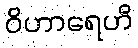
ဝိဟာရေဟိ